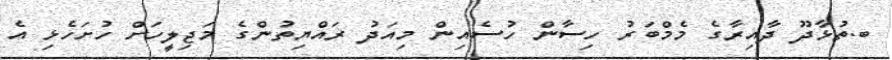
ބ.ތުޅާދޫ ދާއިރާގެ މެމްބަރު ހިސާން ހުސެއިން މިއަދު ރައްޔިތުންގެ މަޖިލީހަށް ހުށަހެޅި އެ